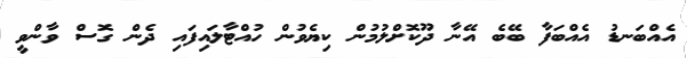
އެއްބަނޑު އެއްބަފާ ބޭބެ އޭނާ ދޫކޮށްލުމުން ކިޔެވުން ހުއްޓާލައިފައި ދެން ގޮސް ވާންވީ